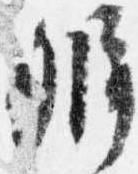
弁